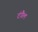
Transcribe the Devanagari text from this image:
टंगैल